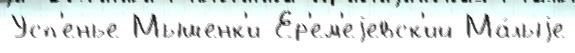
Усп'енье Мышенк'и Ер'ем'еjевск'ий Ма́лыjе